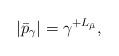
LaTeX: \begin{align*}|\bar p_\gamma |= \gamma^{+L_{\bar \mu}},\end{align*}